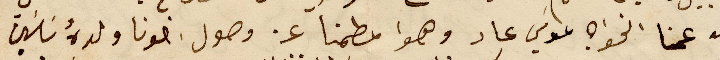
من عمنا الخواجه موسَي عاد وهوا مطمنا عن وصول اخونا ولدهُ سَاسَين